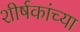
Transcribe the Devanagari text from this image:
शीर्षकांच्या